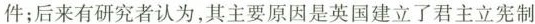
件；后来有研究者认为，其主要原因是英国建立了君主立宪制